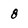
Character: 8